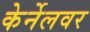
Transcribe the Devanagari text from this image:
केर्नेलवर